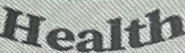
Health